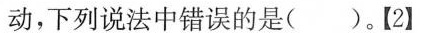
动，下列说法中错误的是( )。【2】